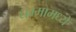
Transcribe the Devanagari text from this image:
धम्मामध्ये